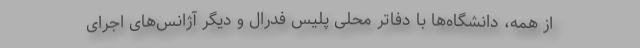
از همه، دانشگاه‌ها با دفاتر محلی پلیس فدرال و دیگر آژانس‌های اجرای